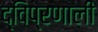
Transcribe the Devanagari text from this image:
द्विप्रणाली